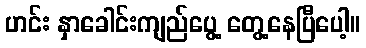
ဟင်း နှာခေါင်းကျည်ပွေ့ တွေ့နေပြီပေါ့။